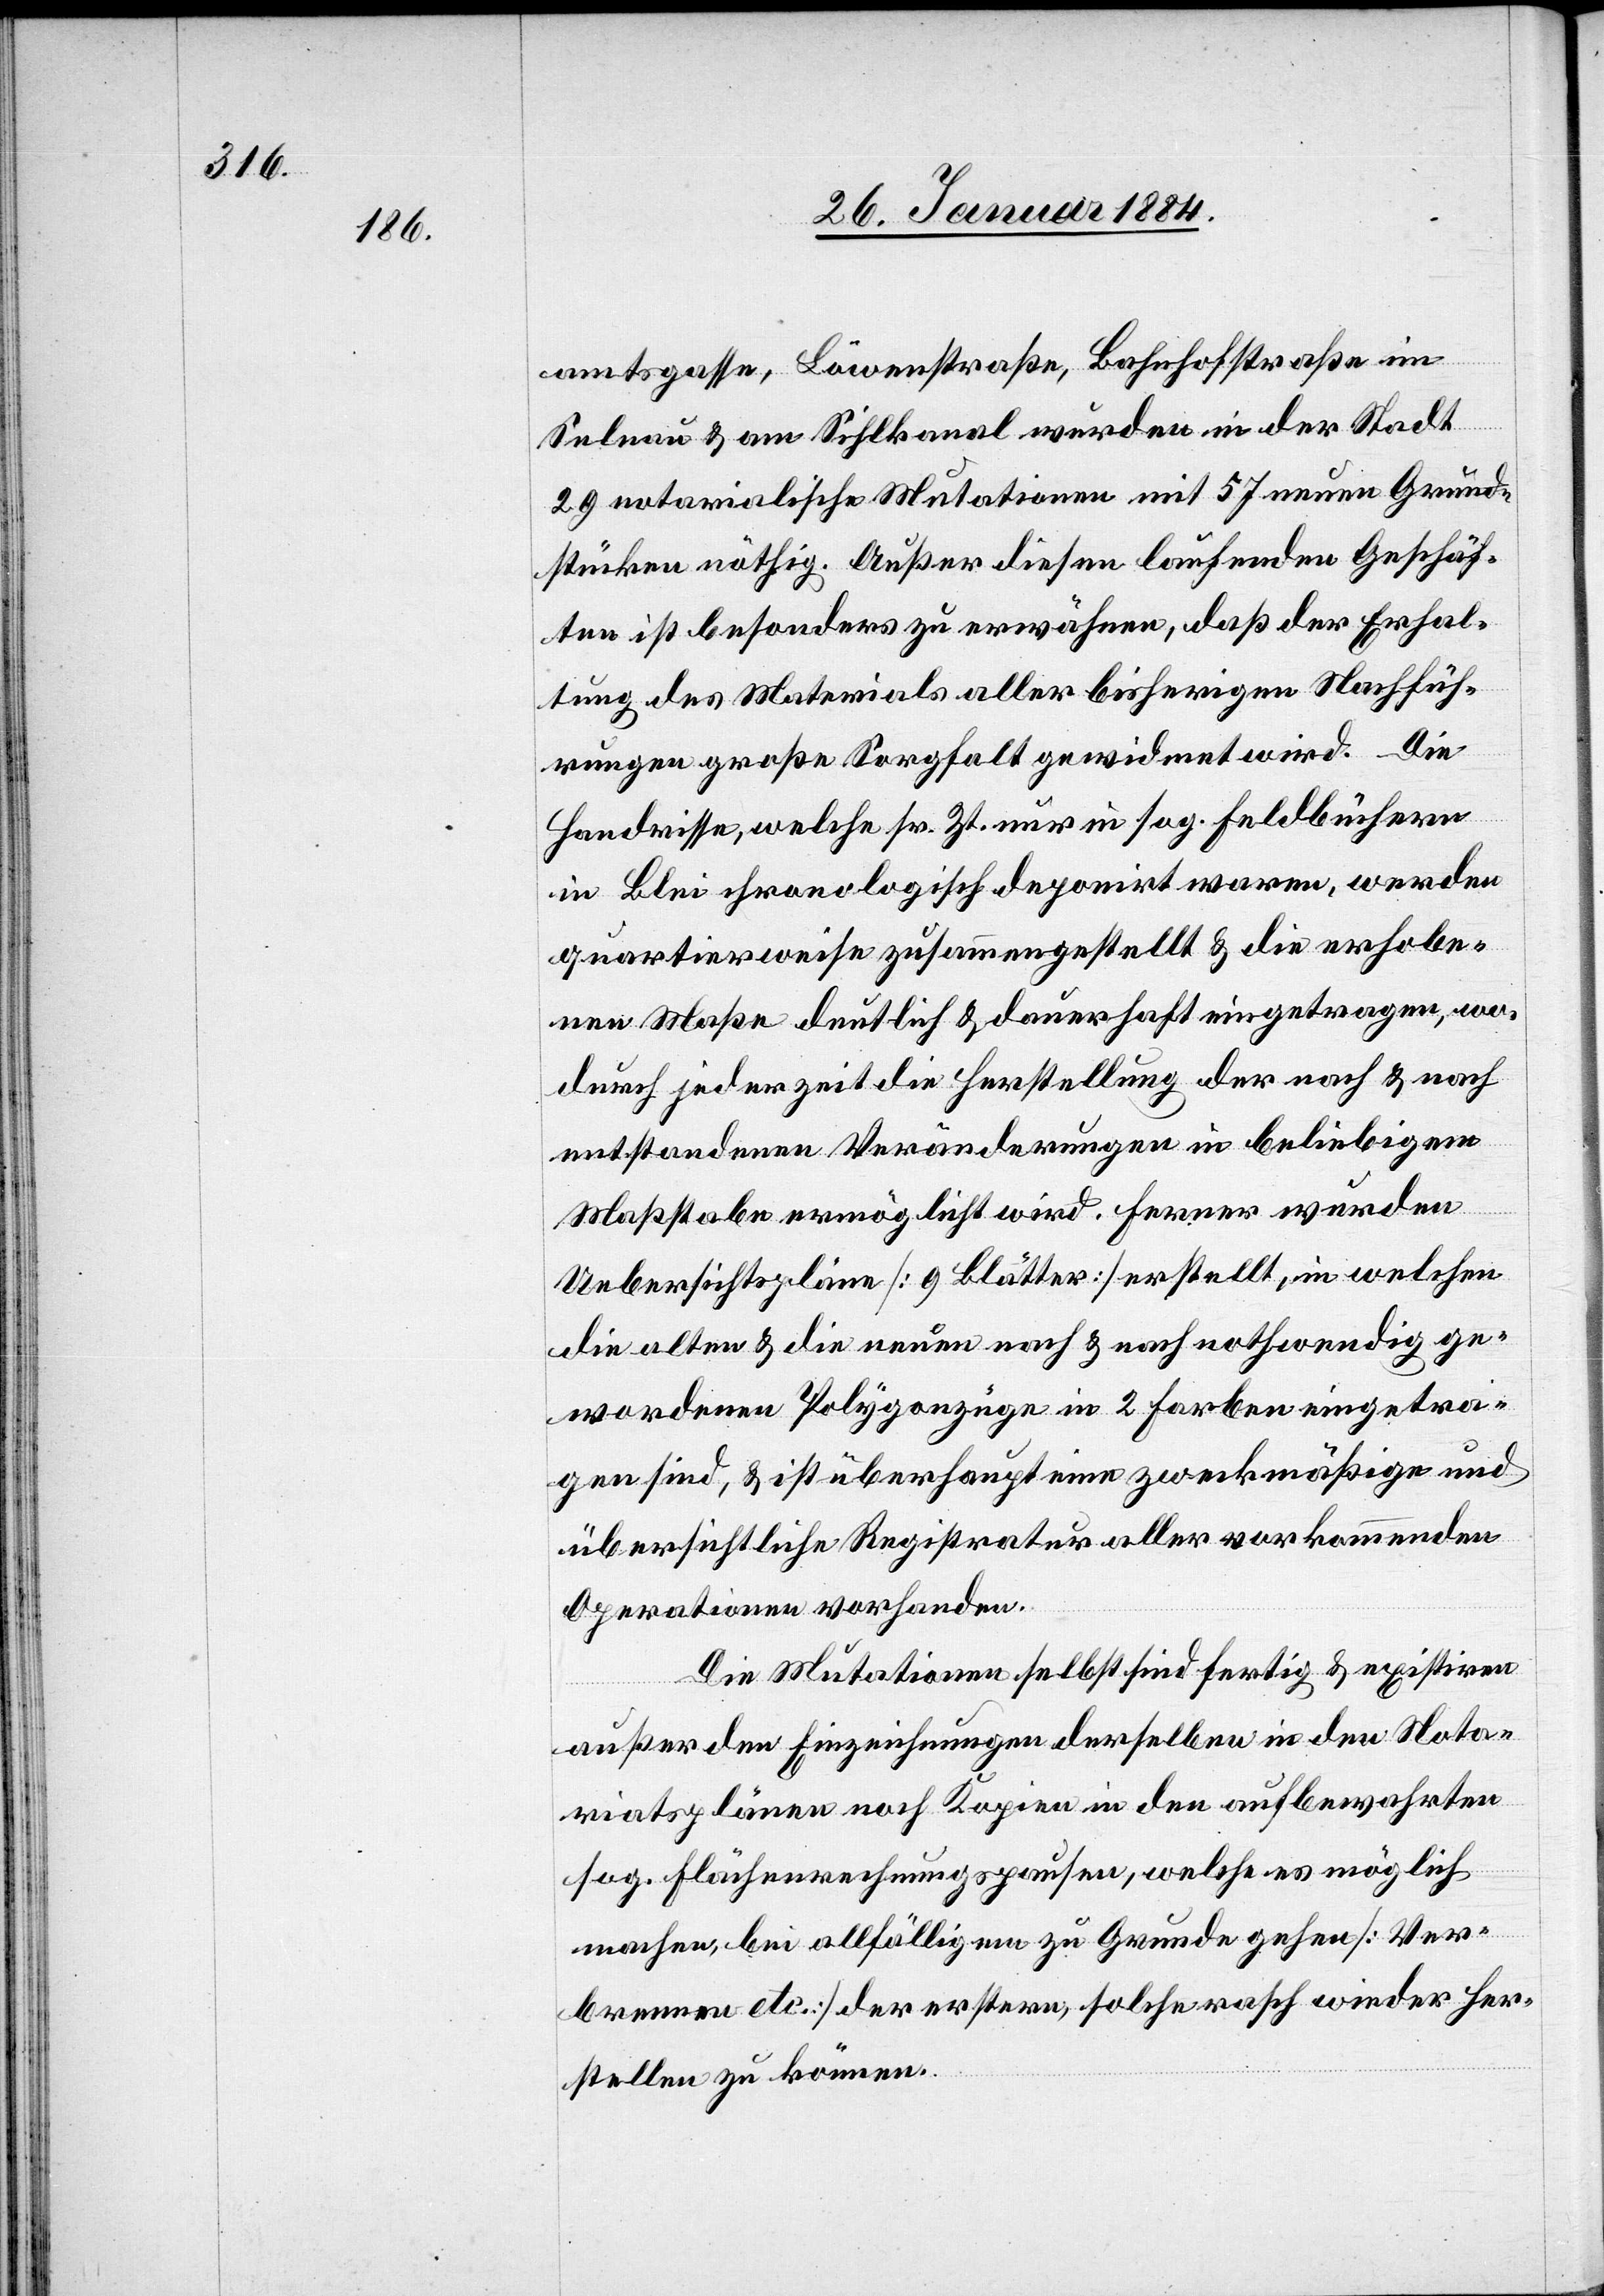
amtsgasse, Löwenstraße, Bahnhofstraße im
Selnau & am Sihlkanal wurden in der Stadt
20 notarialische Mutationen mit 57 neuen Grund¬
stücken nöthig. Außer diesen laufenden Geschäf¬
ten ist besonders zu erwähnen, daß der Erhal¬
tung des Materials aller bisherigen Nachfüh¬
rungen große Sorgfalt gewidmet wird. Die
Handrisse, welche sr. Zt. nur im sog. Feldbüchern
in Blei chronologisch deponirt waren, werden
quartierweise zusammengestellt & die erhobe¬
nen Maße deutlich & dauerhaft eingetragen, wo¬
durch jederzeit die Herstellung der nach & nach
entstandenen Veränderungen in beliebigem
Maßstabe ermöglicht wird. Ferner wurden
Uebersichtspläne [9 Blätter] erstellt, in welchen
die alten & die neuen nach & nach nothwendig ge¬
wordenen Polygonzüge in 2 Farben eingetra¬
gen sind, & ist überhaupt eine zweckmäßige und
übersichtliche Registratur aller vorkommenden
Aperationen vorhanden.
Die Mutationen selbst sind fertig & existieren
außer den Einzeichnungen derselben in den Notar¬
iatsplänen noch Kopien in den aufbewahrten
sog. Flächenrechnungspausen, welche es möglich
machen, bei allfälligem zu Grunde gehen [Ver¬
brennen etc.] der erstern, solche rasch wieder her¬
stellen zu können.